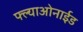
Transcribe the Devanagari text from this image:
फ्ल्याओनाईड